Medical and sanitary report of the native army of Bengal for the year
Year: 1875
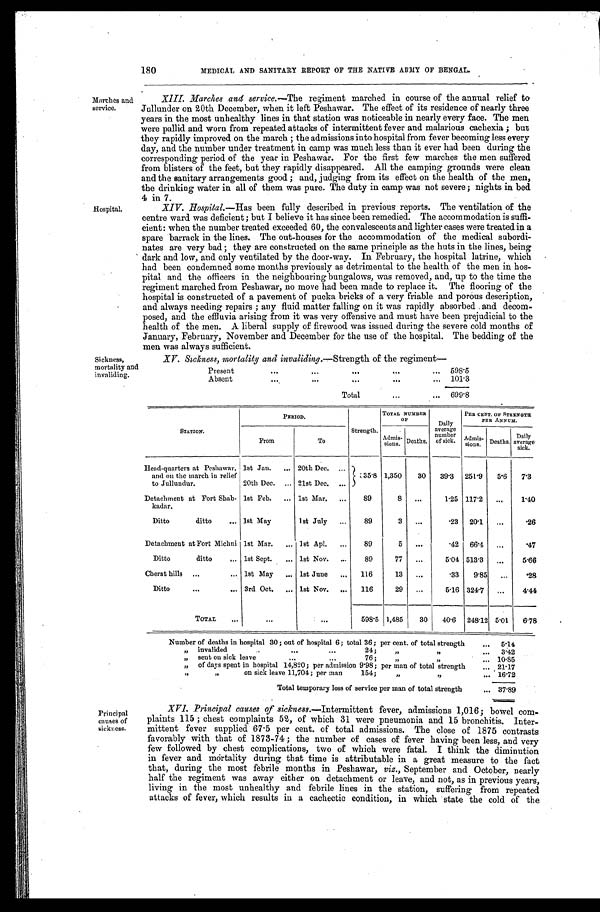
180
MEDICAL AND SANITARY REPORT OF THE NATIVE ARMY OF BENGAL.
Marches and
service.
Hospital.
XIII.
Marches and service. —The regiment marched in course of the annual relief to
Jullunder on 20th December, when it left Peshawar. The effect of its residence of nearly three
years in the most unhealthy lines in that station was noticeable in nearly every face. The men
were pallid and worn from repeated attacks of intermittent fever and malarious cachexia ; but
they rapidly improved on the march ; the admissions into hospital from fever becoming less every
day, and the number under treatment in camp was much less than it ever had been during
the
corresponding period of the year in Peshawar. For the first few marches the men suffered
from blisters of the feet, but they rapidly disappeared. All the camping grounds were clean
and the sanitary arrangements good ; and, judging from its effect on the health of the men,
the drinking water in all of them was pure. The duty in camp was not severe; nights in bed
4 in 7
XIV.
Hospital.— Has been fully described in previous reports. The ventilation of the
centre ward was deficient; but I believe it has since been remedied. The accommodation is suffi-
cient: when the number treated exceeded 60, the convalescents and lighter cases were treated in a
spare barrack in the lines. The out-houses for the accommodation of the medical subordi-
nates are very bad ; they are constructed on the same principle as the huts in the lines, being
dark and low, and only ventilated by the door-way. In February, the hospital latrine, which
had been condemned some months previously as detrimental to the health of the men in hos-
pital and the officers in the neighbouring bungalows, was removed, and, up to the time the
regiment marched from Peshawar, no move had been made to replace it. The flooring of the
hospital is constructed of a pavement of pucka bricks of a very friable and porous description,
and always needing repairs ; any fluid matter falling on it was rapidly absorbed and decom-
posed, and the effluvia arising from it was very offensive and must have been prejudicial to the
health of the men. A liberal supply of firewood was issued during the severe cold months of
January, February, November and December for the use of the hospital. The bedding of the
men was always sufficient.
Sickness,
mortality and
invaliding.
XV. Sickness, mortality and invaliding.—Strength of the regiment —
Present
... ... ... ...
... 598.5
A b s e n t
... ...
. . .
...
... 101.3
Total
...
... 699.8
Principal
causes of
sickness.
STATION.
PERIOD.
Strength.
TOTAL NUMBER
O F
Daily
average
number
of sick.
PER CENT. ON STRENGTH
PER ANNUM.
From
To
A d m i s s i o n s . Death.
A d m i s s i o n s .
Deaths.
Daily
average
s i c k .
Head-quarters at Peshawar,
and on the march in relief
to Jullundur.
1st Jan.
... 20th Dec. ...
3 5 . 8
1,350
30
39.3 251.9
5.6
7.3
20th Dec. ... 21st Dec. ...
Detachment at Fort Shab-
kadar.
1st Feb.
... 1st Mar.
...
89
8
...
1.25 117.2
...
1.40
Ditto
ditto
... 1st May
1st July
...
89
3
...
.23
20.1
...
.26
Detachment at Fort Michni 1st Mar.
... 1st Apl.
...
89
5
...
.42
66.4
...
.47
Ditto
ditto
... 1st Sept.
... 1st Nov.
...
89
77
...
5.04 513.3
...
5.66
Cherat hills ...
... 1st May
...
1st June
...
116
13
...
.33
9.85
...
.28
Ditto
...
... 3rd Oct.
...
1st Nov.
...
116
29
...
5.16 324.7
...
4.44
TOTAL
. . .
... ...
598.5 1,485
30
4 0 . 6 248.12
5.01
6 . 7 8
Number of deaths in hospital 30; out of hospital 6; total 36; per cent, of total strength
...
5.14
,, invalided
...
...
24;
„
,,
...
3.42
, , s e n t o n s i c k l e a v e . . . . . . 7 6 ; , , , ,
... 10.85
„ of days spent in hospital 14,820; per admission 9.98; per man of total strength
... 21.17
,, ,, on sick leave 11,704 ; per man
154;
„ , ,
... 16.72
Total temporary loss of service per man of total strength
... 37.89
XVI. Principal causes of sickness.—Intermittent fever, admissions 1,016; bowel com-
plaints 115 ; chest complaints 52, of which 31 were pneumonia and 15 bronchitis. Inter-
mittent fever supplied 67 . 5 per cent. of total admissions. The close of 1875 contrasts
favorably with that of 1873-74 ; the number of cases of fever having been less, and very
few followed by chest complications, two of which were fatal. I think the diminution
in fever and mortality during that time is attributable in a great measure to the fact
that, during the most febrile months in Peshawar, viz., September and October, nearly
half the regiment was away either on detachment or leave, and not, as in previous years,
living in the most unhealthy and febrile lines in the station, suffering from repeated
attacks of fever, which results in a cachectic condition, in which state the cold of the